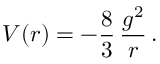
V ( r ) = - \frac 8 3 \, { \frac { g ^ { 2 } } { r } } \, .